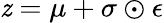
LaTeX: \mathit{z}=\mu+\sigma\odot\epsilon